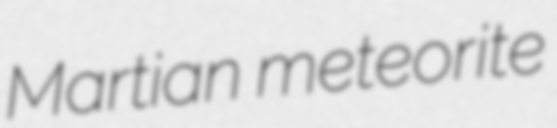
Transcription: Martian meteorite